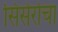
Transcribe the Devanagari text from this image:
सिसेरोचा